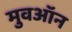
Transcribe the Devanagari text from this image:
मुवऑन